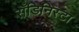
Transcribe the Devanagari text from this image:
सँडिनिस्टा